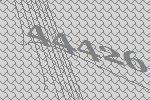
44426